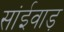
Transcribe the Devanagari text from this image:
सांईवाड़